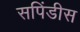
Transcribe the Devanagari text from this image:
सपिंडीस